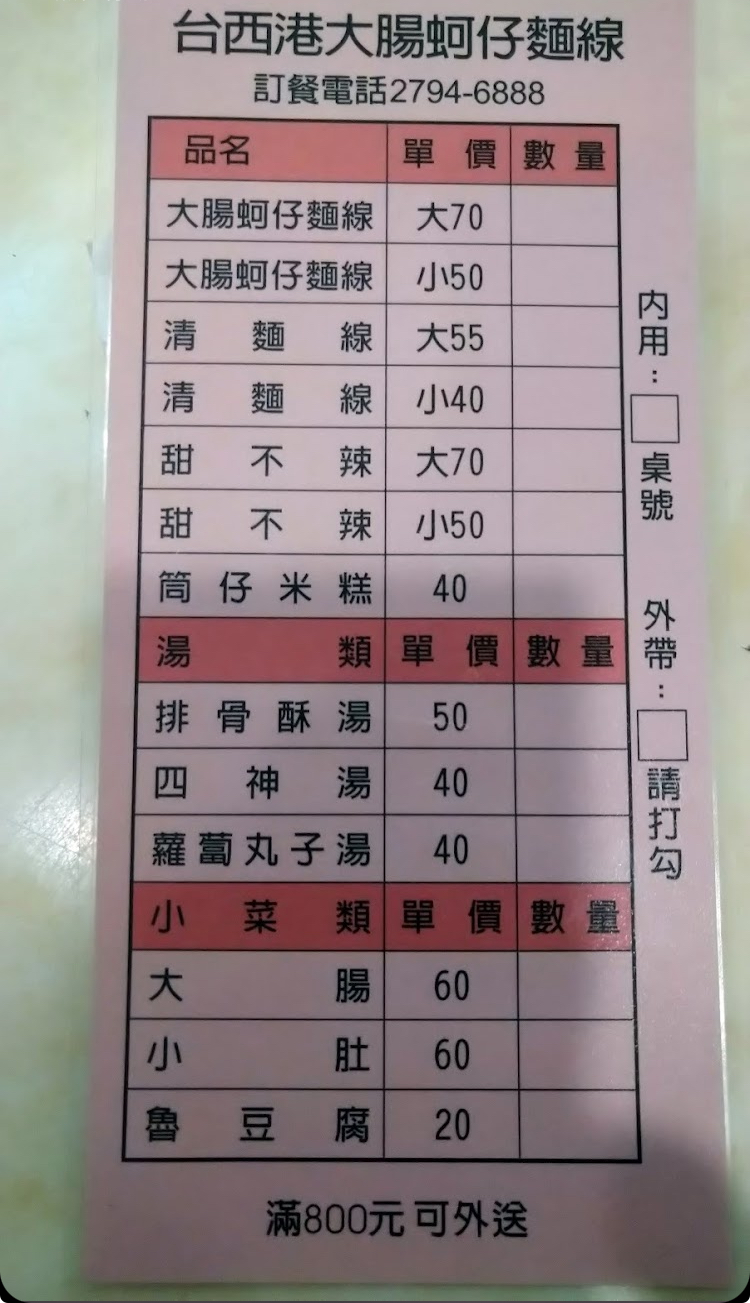
餐廳：台西港大腸蚵仔麵線
電話：2794-6888
菜單：
name: 大腸蚵仔麵線大
price: 70
name: 大腸蚵仔麵線小
price: 50
name: 清麵線大
price: 55
name: 清麵線小
price: 40
name: 甜不辣大
price: 70
name: 甜不辣小
price: 50
name: 筒仔米糕
price: 40
name: 排骨酥湯
price: 50
name: 四神湯
price: 40
name: 蘿蔔丸子湯
price: 40
name: 大腸
price: 60
name: 小肚
price: 60
name: 魯豆腐
price: 20